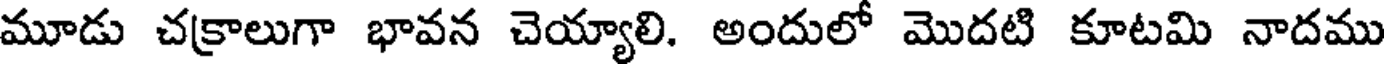
మూడు చక్రాలుగా భావన చెయ్యాలి. అందులో మొదటి కూటమి నాదము